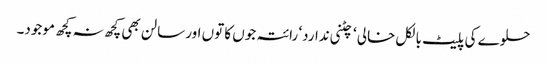
حلوے کی پلیٹ بالکل خالی ‘ چٹنی ندارد‘ رائتہ جوں کا توں اور سالن بھی کچھ نہ کچھ موجود۔